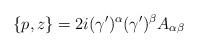
LaTeX: \begin{align*} \{ p, z\} = 2i(\gamma^\prime)^\alpha(\gamma^\prime)^\beta A_{\alpha\beta}\end{align*}